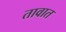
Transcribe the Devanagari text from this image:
तावात